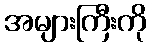
အများကြီးကို